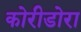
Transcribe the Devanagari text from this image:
कोरीडोरा